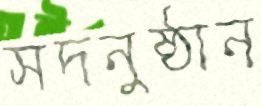
সদনুষ্ঠান